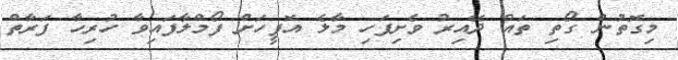
މިގޮތުން ގޯތި ތައް ދޭއިރު ވެށިފަހި މާލެ އޮފީހަށް ފޯމްލާފައިވާ ހުރިހާ ފަރާތް